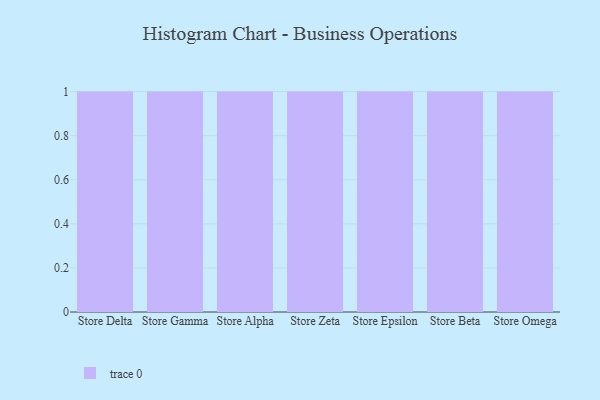
{"axis": {"x": "Store", "y": "Churn Rate (%)"}, "legend": [""], "data": [{"x": "Store Delta", "y": 99, "type": ""}, {"x": "Store Gamma", "y": 64, "type": ""}, {"x": "Store Alpha", "y": 50, "type": ""}, {"x": "Store Zeta", "y": 50, "type": ""}, {"x": "Store Epsilon", "y": 73, "type": ""}, {"x": "Store Beta", "y": 46, "type": ""}, {"x": "Store Omega", "y": 83, "type": ""}]}